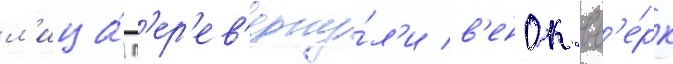
л'ица́ п'ер'ев'ерну́л'и в'енок вв'е́рх